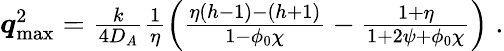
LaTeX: \begin{array}{r}{\boldsymbol q_{\mathrm{max}}^{2}=\frac{k}{4D_{A}}\frac{1}{\eta}\left(\frac{\eta(h-1)-(h+1)}{1-\phi_{0}\chi}-\frac{1+\eta}{1+2\psi+\phi_{0}\chi}\right)\; .}\end{array}